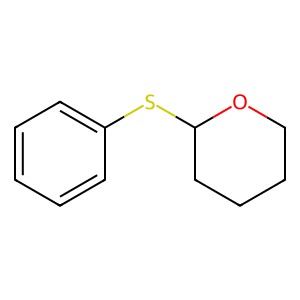
SMILES: c1ccc(SC2CCCCO2)cc1
Inhibits HIV replication: No